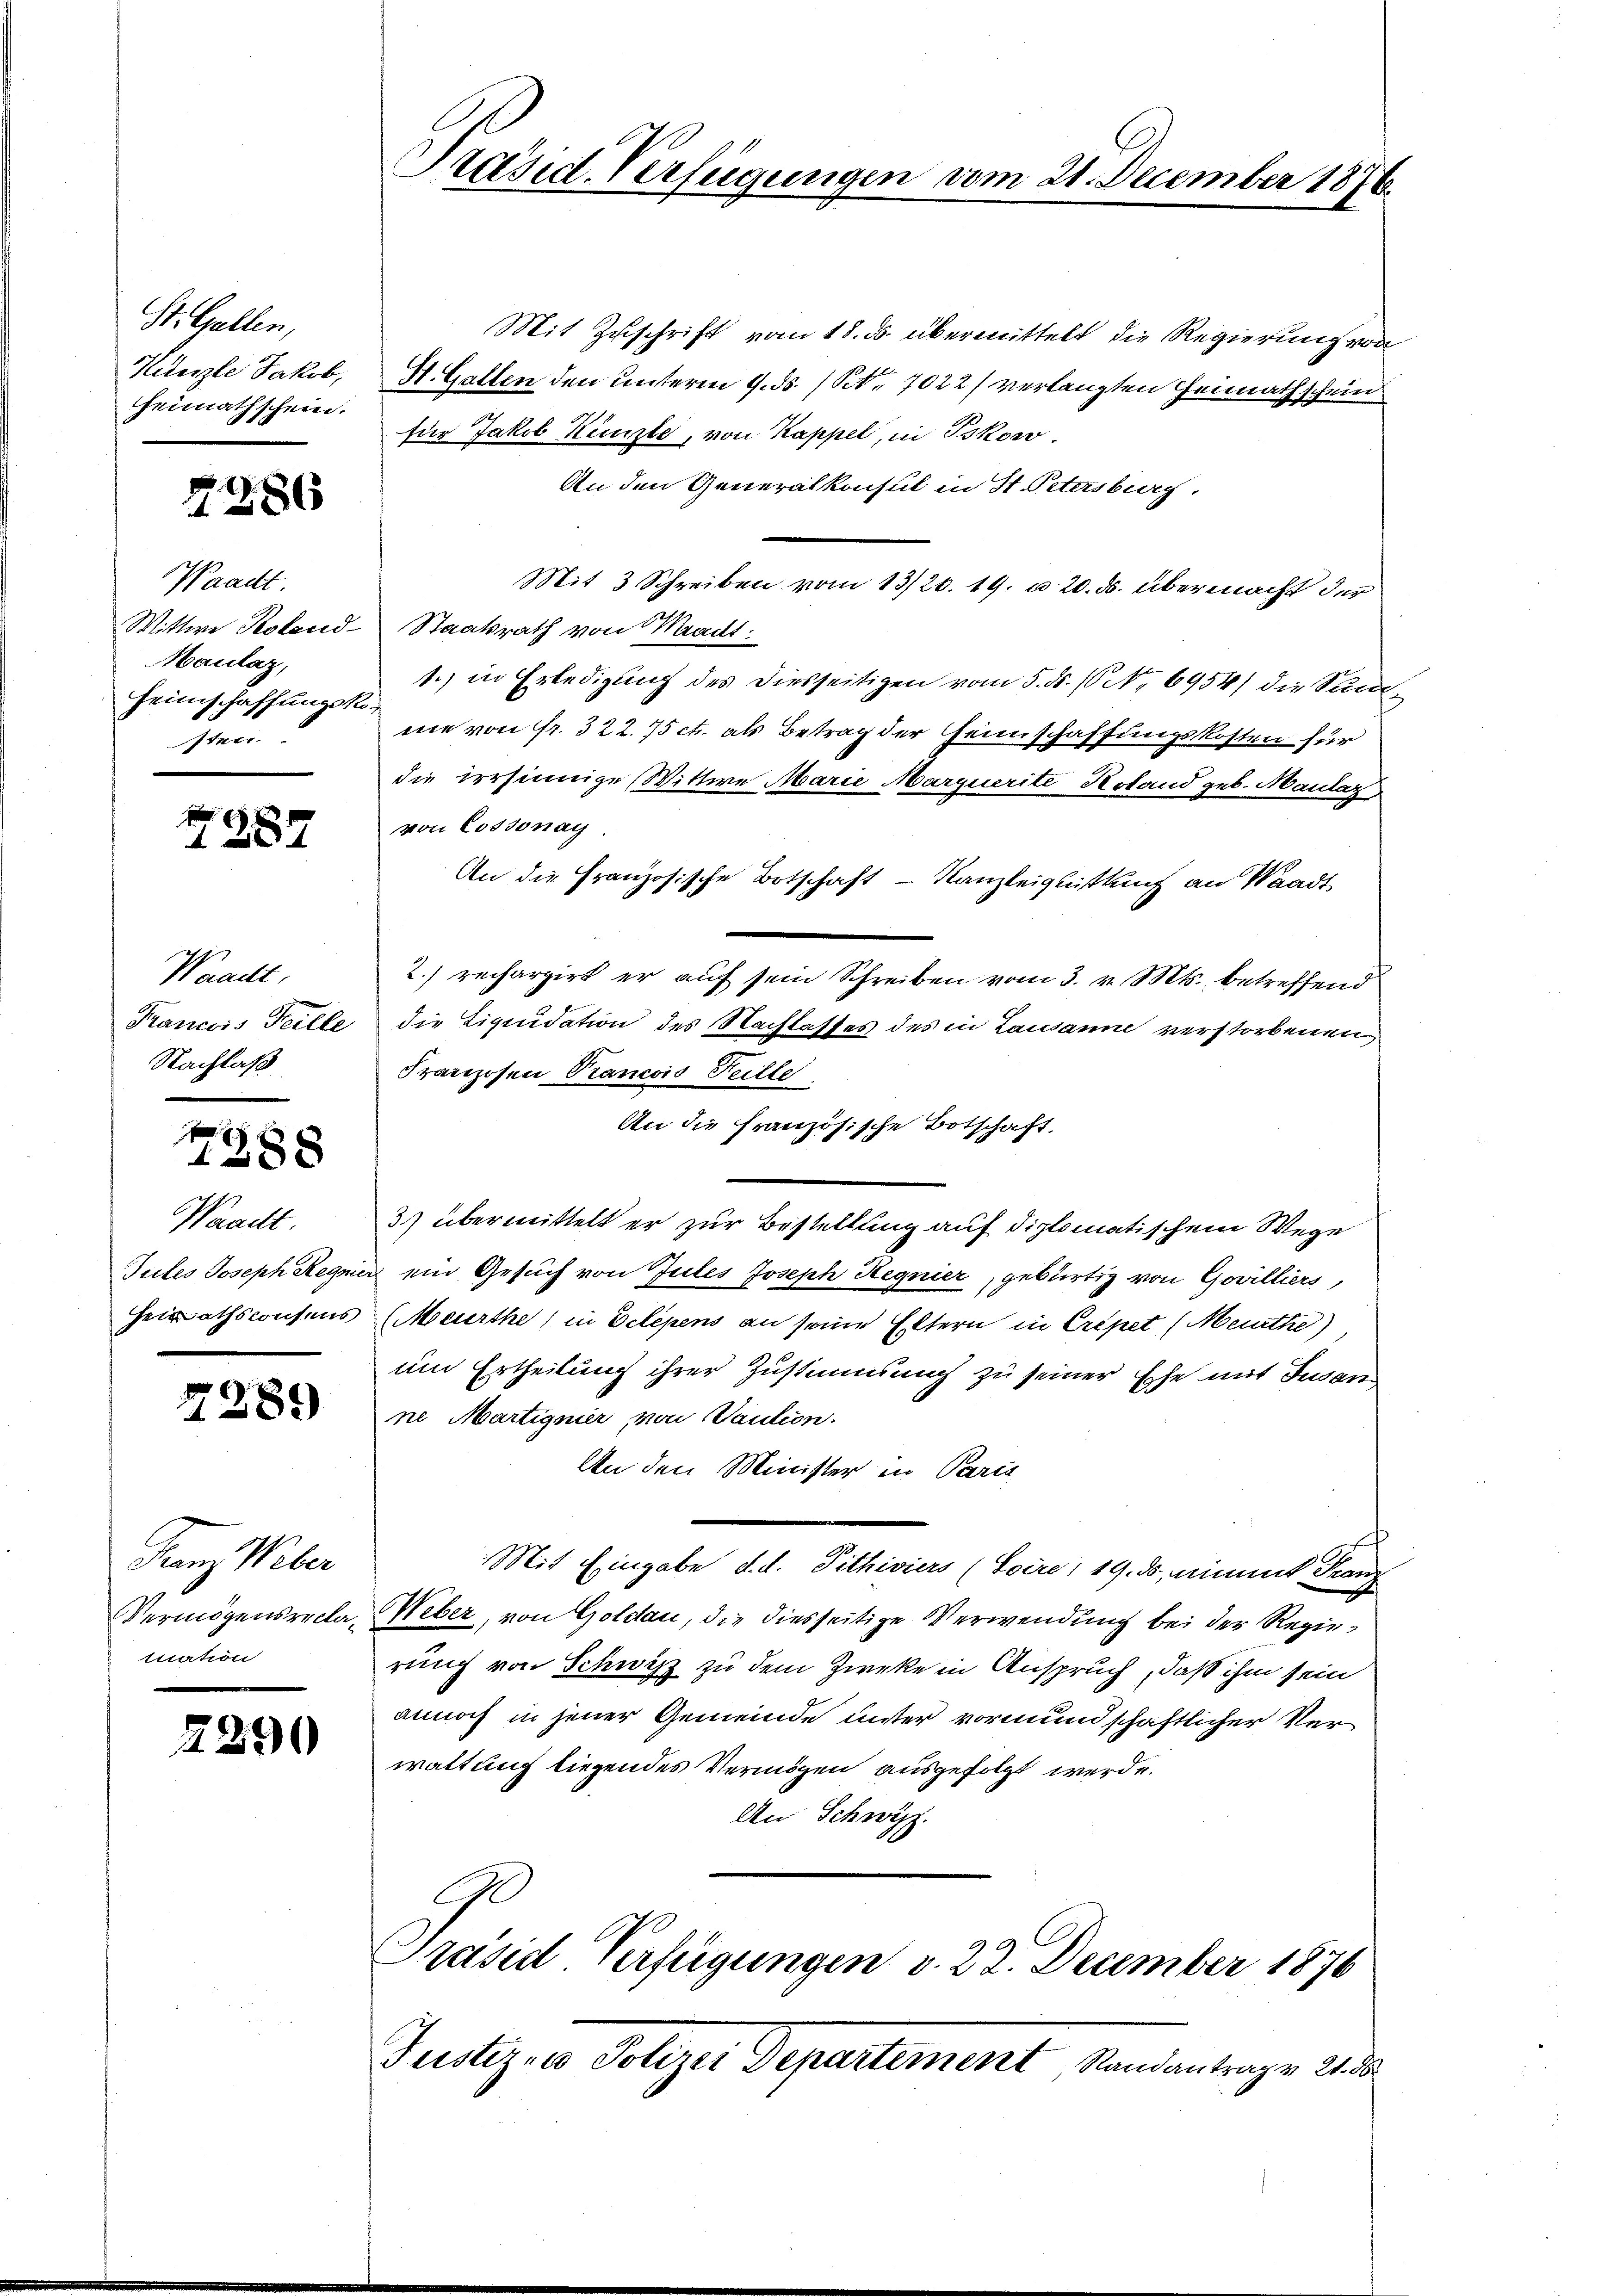
St. Gallen,
Hünze Jakob,
Heimathschein.

7286

Waadt
Wittwe Pestand-
Maulaz,
Heimschaffungssa
Iteer.

Z 287

Waadt,
Francois Teille
Nachlaß

7388

Waadt
Tutes Joseph Regnie
Heirathskonsens

2289

Franz Weber
Vermögensreclatitation

2290

Präsid. Verfügungen vom 21. December 1876.

Mit Zuschrift vom 18. ds. übermittelt die Regierung von
H. Gallen den unterm 9. ds. / Pct. 7022/ verlangten Hennathschein
für Jakob Künste, von Kappel, in Iskow
An den Generalkonsul in St. Petersburg.
Mit 3 Schreiben vom 13/20. 19. u 20. ds. übermacht der
Staatsrath von Waadt:
1.) in Erledigung des Diesseitigen vom 5. ds. (Nr. 6954) die Sanme von fr. 322. 75 ct. als Betrag der Heimschaffungskosten für
die irrsinnige Wittwe Marie Marquerite Holand geb. Maular
von Cossonay
An die Französische Botschaft - Kanzleiglittung an Waadt
2) rechargirt er auf sein Schreiben vom 3. v. Mts. betreffend
die Liquidation des Nachlasses des in Lausanne verstorbenen
Franzosen Prancois Heille
An die französische Botschaft.
3) übermittelt er zur Bestellung auf diplomatischem Wege
ein Gesuch von Gutes Joseph Hegnier, gebürtig von Govilliers,
Meurthe in Delegens an seine Eltern in Cripet (Meurthe)
um Ertheilung ihrer Zustimmung zu seiner Ehe mit Susan
ne Martignier von Vaution.
An den Minister in Paris
Mit Eingabe d. d. Pithiviers (Soire, 19. ds, nimmt Franz
Weber, von Goldau, die diesseitige Verwendung bei der Regierung von Schwitz zu dem Zweke in Anspruch, daß ihm sein
annoch in jener Gemeinde unter vormundschaftlicher Verwaltung liegendes Vermögen ausgefolgt werde.
An Schwyz.
Prased Verfügungen v. 22. December 1876
Justiz in Polize Departement, Sandantrage ande